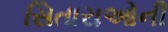
સિતારાઓની